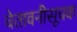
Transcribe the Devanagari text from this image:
चेतावनीसूचक